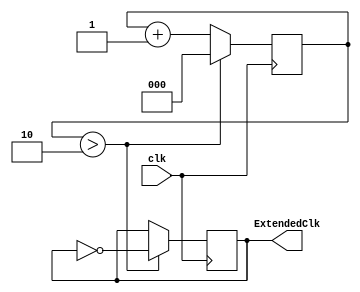
`timescale 1ns / 1ps

module ClockExtender(
	                 input      clk,
	                 output reg ExtendedClk = 0
	                 );
   
   reg [2:0]                    CLKCount = 0;
   reg [2:0]                    CLKExtendValue = 2;
   
   always @(posedge clk) begin
	  CLKCount <= CLKCount + 1;
	  if (CLKCount > CLKExtendValue) begin
		 ExtendedClk <= ~ExtendedClk;
		 CLKCount <= 0;
	  end
   end
endmodule